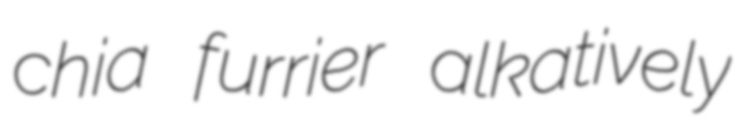
chia furrier alkatively